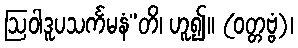
ဩဝါဒူပသင်္ကမနံ”တိ၊ ဟူ၍။ (ဝတ္တဗ္ဗံ)၊